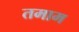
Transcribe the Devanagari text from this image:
तमाम